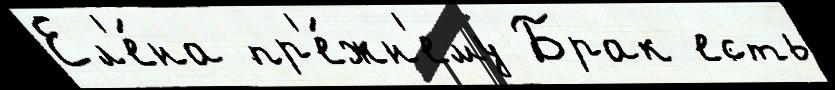
Ел'е́на пр'е́жн'ему Брак есть